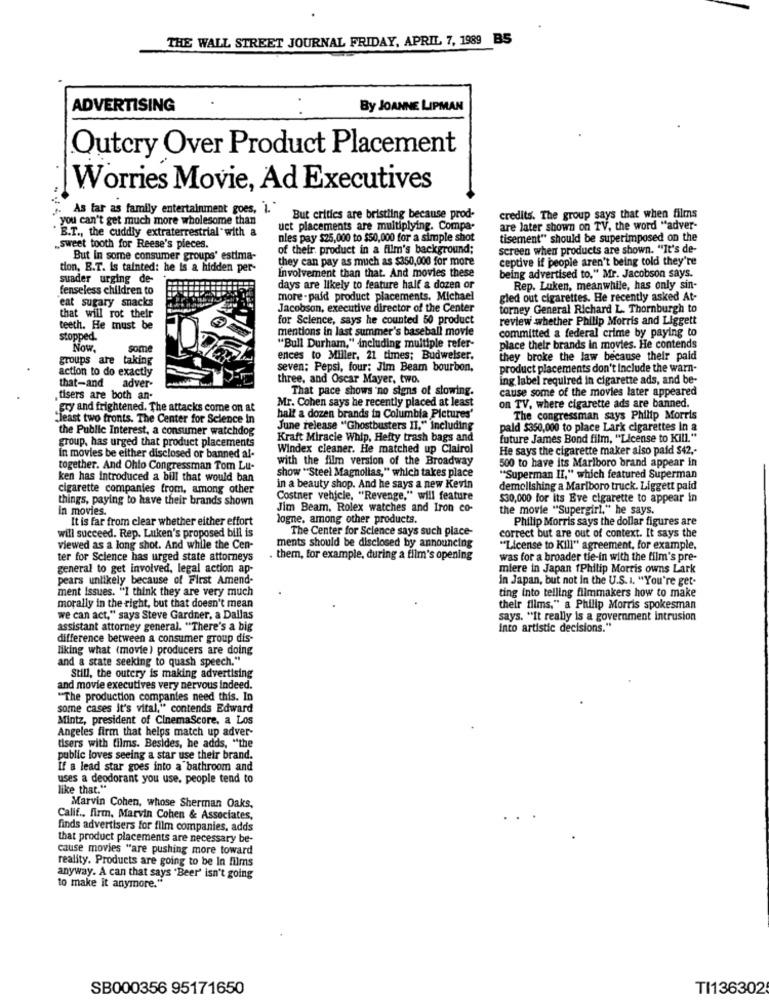
THE WALL STREET JOURNAL FRIDAY, APRIL 7, 1989 BS
ADVERTISING
By JOANNE LIPMAN
Outcry Over Product Placement
Worries Movie, Ad Executives
As far as family entertainment goes, i.
you can't get much more wholesome than
But critics are bristling because prod-
credits. The group says that when films
B.T ., the cuddly extraterrestrial with a
uct placements are multiplying. Compa-
are later shown on TV, the word "adver-
nies pay $25,000 to $50,000 for a simple shot
tisement" should be superimposed on the
„sweet tooth for Reese's pieces.
of their. product in a film's background;
screen when products are shown. "It's de-
But In some consumer groups' estima-
they can pay as much as $350,000 for more
ceptive if people aren't being told they're
tion, E.T. Is tainted: he is a hidden per-
being advertised to," Mr. Jacobson says.
suader urging de-
Involvement than that. And movies these
fenseless children to
days are likely to feature half a dozen or
Rep. Luken, meanwhile, has only sin-
eat sugary snacks
more -paid product placements. Michael
gled out cigarettes. He recently asked At-
Jacobson, executive director of the Center
torney General Richard L. Thornburgh to
that will rot their
for Science, says he counted 50 product
review whether Philip Morris and Liggett
teeth. He must be
mentions in last summer's baseball movie
committed a federal crime by paying to
stopped.
Now
some
"Bull Durham," including multiple refer-
place their brands in movies. He contends
groups are taking
ences to Miller, 21 times; Budweiser.
they broke the law because their pald
action to do exactly
seven; Pepsi, four; Jim Beam bourbon,
product placements don't Include the warn-
three, and Oscar Mayer, two.
ing label required in cigarette ads, and be-
that-and adver-
That pace shows no signs of slowing.
cause some of the movies later appeared
tisers are both an-
Mr. Cohen says he recently placed at least
gry and frightened. The attacks come on at
on TV, where cigarette ads are banned.
"least two fronts. The Center for Science In
half a dozen brands in Columbia Pictures'
The congressman says Philip Morris
the Public Interest, a consumer watchdog
June release "Ghostbusters II," including
paid $350,000 to place Lark cigarettes In a
group, has urged that product placements
Kraft Miracle Whip, Hefty trash bags and
future James Bond film, "License to Kill."
Windex cleaner. He matched up Clairol
He says the cigarette maker also paid $42 ,-
in movies be either disclosed or banned al-
with the film version of the Broadway
500 to have its Marlboro brand appear in
together. And Ohio Congressman Tom Lu-
show "Steel Magnolias," which takes place
ken has introduced a bill that would ban
""Superman II," which featured Superman
cigarette companies from, among other
in a beauty shop. And he says a new Kevin
demolishing a Marlboro truck. Liggett paid
things, paying to have their brands shown
Costner vehicle, "Revenge," will feature
$30,000 for its Eve cigarette to appear in
in movies.
Jim Beam, Rolex watches and Iron co-
the movie "Supergirl," he says.
It is far from clear whether either effort
logne, among other products.
Philip Morris says the dollar figures are
The Center for Science says such place-
will succeed. Rep. Luken's proposed bill is
correct but are out of context. It says the
viewed as a long shot. And while the Cen-
ments should be disclosed by announcing
""License to Kill" agreement, for example,
ter for Science has urged state attorneys
. them, for example, during a film's opening
was for a broader tie-in with the film's pre-
general to get involved, legal action ap-
miere in Japan fPhilip Morris owns Lark
pears unlikely because of First Amend-
in Japan, but not in the U.S. I. "You're get-
ment issues. "I think they are very much
ting into telling filmmakers how to make
morally in the right, but that doesn't mean
their films." a Philip Morris spokesman
we can act," says Steve Gardner, a Dallas
says. "It really is a government intrusion
assistant attorney general. "There's a big
into artistic decisions."
difference between a consumer group dis-
liking what (movie) producers are doing
and a state seeking to quash speech."
Still, the outery is making advertising
and movie executives very nervous indeed.
"The production companies need this. In
some cases it's vital," contends Edward
Mintz, president of CinemaScore, a Los
Angeles firm that helps match up adver-
tisers with films. Besides, he adds, "the
public loves seeing a star use their brand.
If a lead star goes into a bathroom and
uses a deodorant you use. people tend to
like that."
Marvin Cohen, whose Sherman Oaks,
Calif ., firm, Marvin Cohen & Associates,
finds advertisers for film companies, adds
that product placements are necessary be-
cause movies "are pushing more toward
reality. Products are going to be In films
anyway. A can that says "Beer' isn't going
to make it anymore."
SB000356 95171650
TI136302